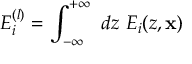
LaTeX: E _ { i } ^ { ( l ) } = \int _ { - \infty } ^ { + \infty } ~ d z ~ E _ { i } ( z , { \bf x } )